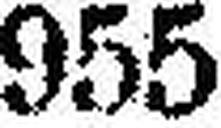
955